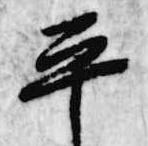
平